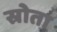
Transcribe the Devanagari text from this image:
स्रोता